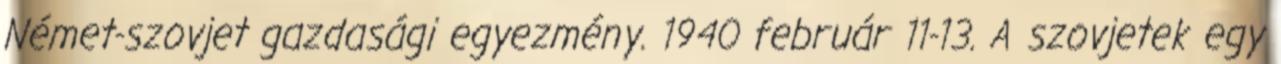
Német-szovjet gazdasági egyezmény. 1940 február 11-13. A szovjetek egy